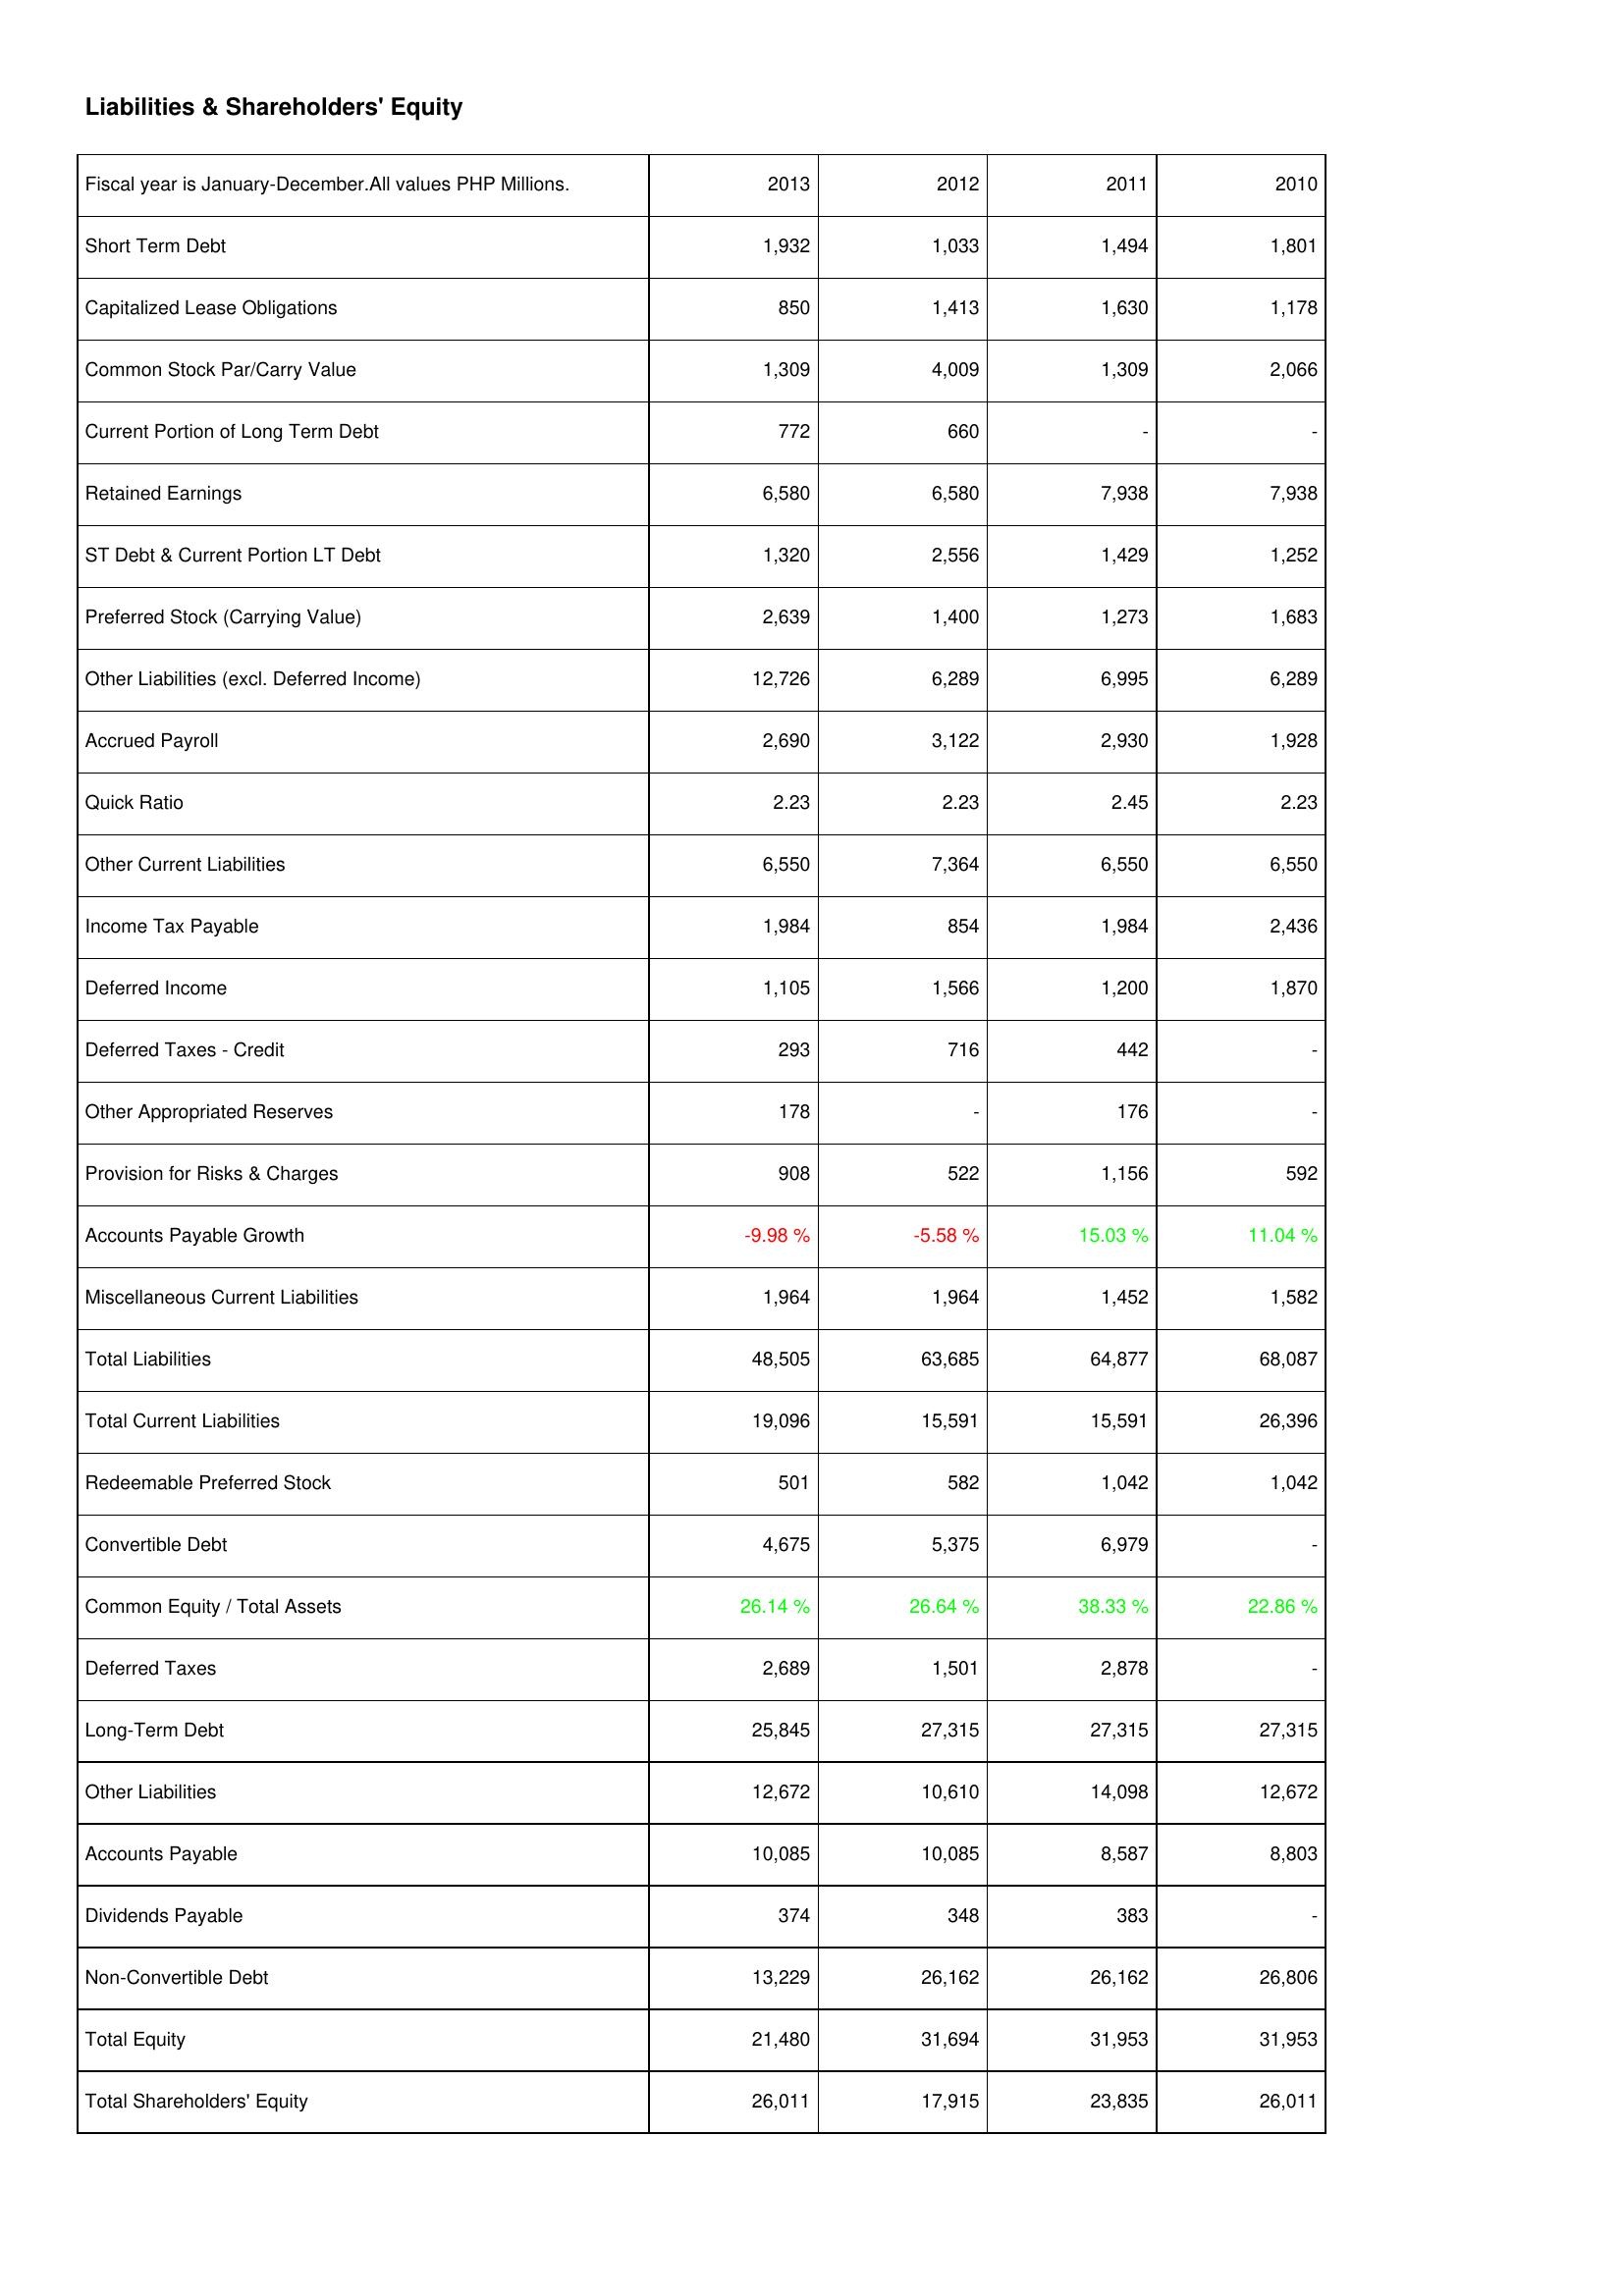
2013: Liabilities & Shareholders' Equity: Short Term Debt: 1,932
Capitalized Lease Obligations: 850
Common Stock Par/Carry Value: 1,309
Current Portion of Long Term Debt: 772
Retained Earnings: 6,580
ST Debt & Current Portion LT Debt: 1,320
Preferred Stock (Carrying Value): 2,639
Other Liabilities (excl. Deferred Income): 12,726
Accrued Payroll: 2,690
Quick Ratio: 2.23
Other Current Liabilities: 6,550
Income Tax Payable: 1,984
Deferred Income: 1,105
Deferred Taxes - Credit: 293
Other Appropriated Reserves: 178
Provision for Risks & Charges: 908
Accounts Payable Growth: -9.98 %
Miscellaneous Current Liabilities: 1,964
Total Liabilities: 48,505
Total Current Liabilities: 19,096
Redeemable Preferred Stock: 501
Convertible Debt: 4,675
Common Equity / Total Assets: 26.14 %
Deferred Taxes: 2,689
Long-Term Debt: 25,845
Other Liabilities: 12,672
Accounts Payable: 10,085
Dividends Payable: 374
Non-Convertible Debt: 13,229
Total Equity: 21,480
Total Shareholders' Equity: 26,011
2012: Liabilities & Shareholders' Equity: Short Term Debt: 1,033
Capitalized Lease Obligations: 1,413
Common Stock Par/Carry Value: 4,009
Current Portion of Long Term Debt: 660
Retained Earnings: 6,580
ST Debt & Current Portion LT Debt: 2,556
Preferred Stock (Carrying Value): 1,400
Other Liabilities (excl. Deferred Income): 6,289
Accrued Payroll: 3,122
Quick Ratio: 2.23
Other Current Liabilities: 7,364
Income Tax Payable: 854
Deferred Income: 1,566
Deferred Taxes - Credit: 716
Other Appropriated Reserves: -
Provision for Risks & Charges: 522
Accounts Payable Growth: -5.58 %
Miscellaneous Current Liabilities: 1,964
Total Liabilities: 63,685
Total Current Liabilities: 15,591
Redeemable Preferred Stock: 582
Convertible Debt: 5,375
Common Equity / Total Assets: 26.64 %
Deferred Taxes: 1,501
Long-Term Debt: 27,315
Other Liabilities: 10,610
Accounts Payable: 10,085
Dividends Payable: 348
Non-Convertible Debt: 26,162
Total Equity: 31,694
Total Shareholders' Equity: 17,915
2011: Liabilities & Shareholders' Equity: Short Term Debt: 1,494
Capitalized Lease Obligations: 1,630
Common Stock Par/Carry Value: 1,309
Current Portion of Long Term Debt: -
Retained Earnings: 7,938
ST Debt & Current Portion LT Debt: 1,429
Preferred Stock (Carrying Value): 1,273
Other Liabilities (excl. Deferred Income): 6,995
Accrued Payroll: 2,930
Quick Ratio: 2.45
Other Current Liabilities: 6,550
Income Tax Payable: 1,984
Deferred Income: 1,200
Deferred Taxes - Credit: 442
Other Appropriated Reserves: 176
Provision for Risks & Charges: 1,156
Accounts Payable Growth: 15.03 %
Miscellaneous Current Liabilities: 1,452
Total Liabilities: 64,877
Total Current Liabilities: 15,591
Redeemable Preferred Stock: 1,042
Convertible Debt: 6,979
Common Equity / Total Assets: 38.33 %
Deferred Taxes: 2,878
Long-Term Debt: 27,315
Other Liabilities: 14,098
Accounts Payable: 8,587
Dividends Payable: 383
Non-Convertible Debt: 26,162
Total Equity: 31,953
Total Shareholders' Equity: 23,835
2010: Liabilities & Shareholders' Equity: Short Term Debt: 1,801
Capitalized Lease Obligations: 1,178
Common Stock Par/Carry Value: 2,066
Current Portion of Long Term Debt: -
Retained Earnings: 7,938
ST Debt & Current Portion LT Debt: 1,252
Preferred Stock (Carrying Value): 1,683
Other Liabilities (excl. Deferred Income): 6,289
Accrued Payroll: 1,928
Quick Ratio: 2.23
Other Current Liabilities: 6,550
Income Tax Payable: 2,436
Deferred Income: 1,870
Deferred Taxes - Credit: -
Other Appropriated Reserves: -
Provision for Risks & Charges: 592
Accounts Payable Growth: 11.04 %
Miscellaneous Current Liabilities: 1,582
Total Liabilities: 68,087
Total Current Liabilities: 26,396
Redeemable Preferred Stock: 1,042
Convertible Debt: -
Common Equity / Total Assets: 22.86 %
Deferred Taxes: -
Long-Term Debt: 27,315
Other Liabilities: 12,672
Accounts Payable: 8,803
Dividends Payable: -
Non-Convertible Debt: 26,806
Total Equity: 31,953
Total Shareholders' Equity: 26,011